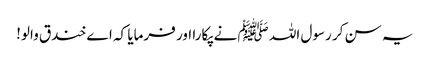
یہ سن کر رسول اللہ ﷺ نے پکارا اور فرمایا کہ اے خندق والو!